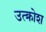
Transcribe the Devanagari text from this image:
उत्क्रोश